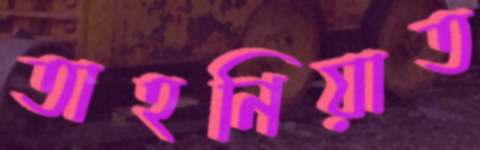
তাহনিয়াত